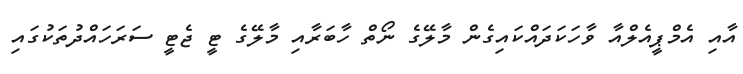
އާއި އެމްޕީއެލްއާ ވާހަކަދައްކައިގެން މާލޭގެ ނޯތް ހާބަރާއި މާލޭގެ ޓީ ޖެޓީ ސަރަހައްދުތަކުގައި